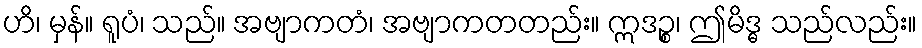
ဟိ၊ မှန်။ ရူပံ၊ သည်။ အဗျာကတံ၊ အဗျာကတတည်း။ ဣဒဉ္စ၊ ဤမိဒ္ဓ သည်လည်း။